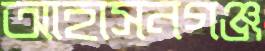
আহাসনগঞ্জ